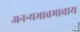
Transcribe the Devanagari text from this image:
अनन्यभावभावाय